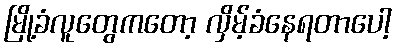
မြို့ခံလူတွေကတော့ လှိမ့်ခံနေရတာပေါ့